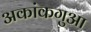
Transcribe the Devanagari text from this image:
अकांकगुआ